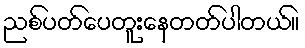
ညစ်ပတ်ပေတူးနေတတ်ပါတယ်။